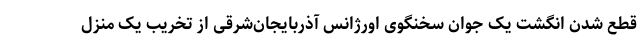
قطع شدن انگشت یک جوان سخنگوی اورژانس آذربایجان‌شرقی از تخریب یک منزل